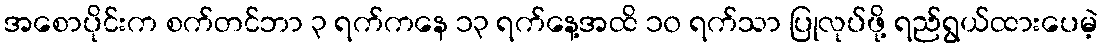
အစောပိုင်းက စက်တင်ဘာ ၃ ရက်ကနေ ၁၃ ရက်နေ့အထိ ၁၀ ရက်သာ ပြုလုပ်ဖို့ ရည်ရွယ်ထားပေမဲ့